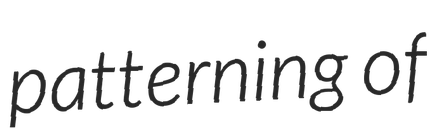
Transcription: patterning of